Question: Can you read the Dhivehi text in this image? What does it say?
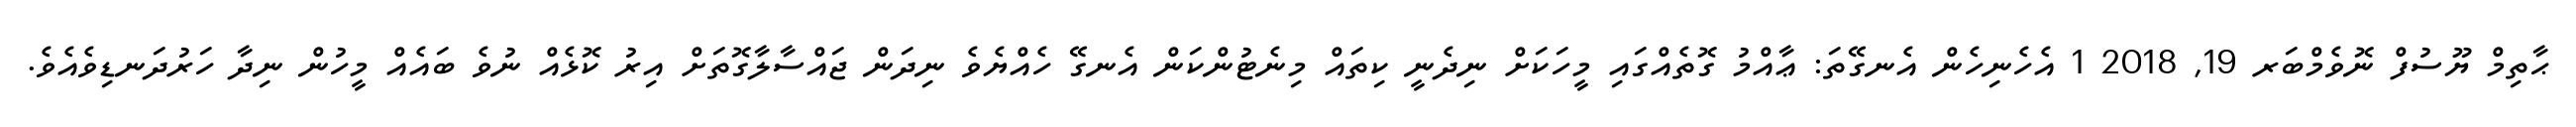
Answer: ޙާތިމް ޔޫސުފް ނޮވެމްބަރ 19, 2018 1 އެހެނިހެން އެނގޭތަ: ޢާއްމު ގޮތެއްގައި މީހަކަށް ނިދެނީ ކިތައް މިނެޓުންކަން އެނގޭ ހެއްޔެވެ ނިދަން ޖައްސާލާގޮތަށް އިރު ކޮޅެއް ނުވެ ބައެއް މީހުން ނިދާ ހަރުދަނޑިވެއެވެ.